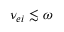
\nu _ { e i } \lesssim \omega